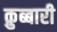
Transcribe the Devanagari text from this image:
क़ुब्बारी